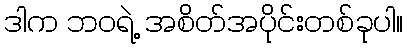
ဒါက ဘဝရဲ့ အစိတ်အပိုင်းတစ်ခုပါ။